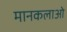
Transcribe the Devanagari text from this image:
मानकलाओ